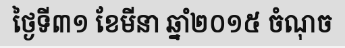
ថ្ងៃទី៣១ ខែមីនា ឆ្នាំ២០១៥ ចំណុច